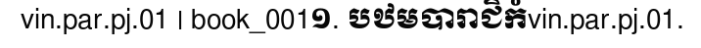
vin.par.pj.01 | book_001១. បឋមបារាជិកំvin.par.pj.01.